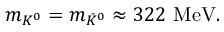
\begin{array} { r } { m _ { K ^ { 0 } } = m _ { \bar { K } ^ { 0 } } \approx 3 2 2 \ \mathrm { { M e V } } . } \end{array}